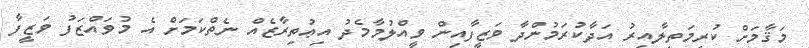
މަޤާމަށް ކުރިމަތިލާއިރު އަދާކުރަމުންދާ ވަޒީފާއިން ވީއްލުމާމެދު އިޢުތިރާޒެއް ނެތްކަމަށް އެ މުވައްޒަފު ވަޒީފާ